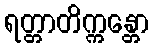
ရတ္တာတိက္ကန္တော